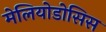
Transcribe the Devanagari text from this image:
मेलियोडोसिस